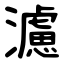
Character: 濾